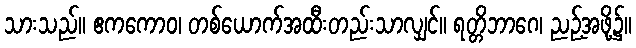
သားသည်။ ဧကကောဝ၊ တစ်ယောက်အထီးတည်းသာလျှင်။ ရတ္တိဘာဂေ၊ ညဉ့်အဖို့၌။